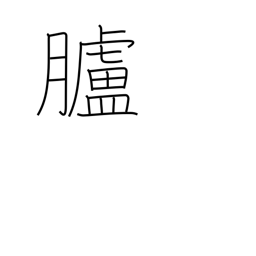
Meaning: skin